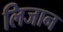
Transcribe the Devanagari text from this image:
लिजान